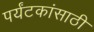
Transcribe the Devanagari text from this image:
पर्यंटकांसाठी